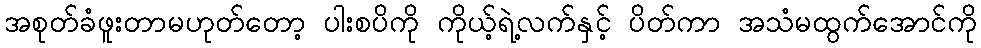
အစုတ်ခံဖူးတာမဟုတ်တော့ ပါးစပိကို ကိုယ့်ရဲ့လက်နှင့် ပိတ်ကာ အသံမထွက်အောင်ကို